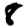
Digit: 8